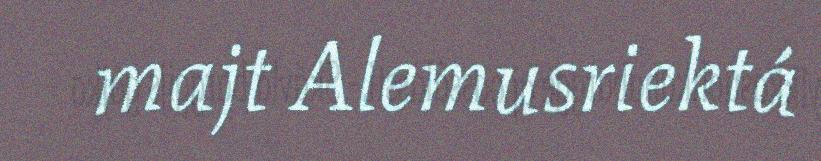
majt Alemusriektá